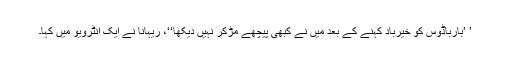
’ ’بارباڈوس کو خیرباد کہنے کے بعد میں نے کبھی پیچھے مڑکر نہیں دیکھا‘‘، ریہانا نے ایک انٹرویو میں کہا۔